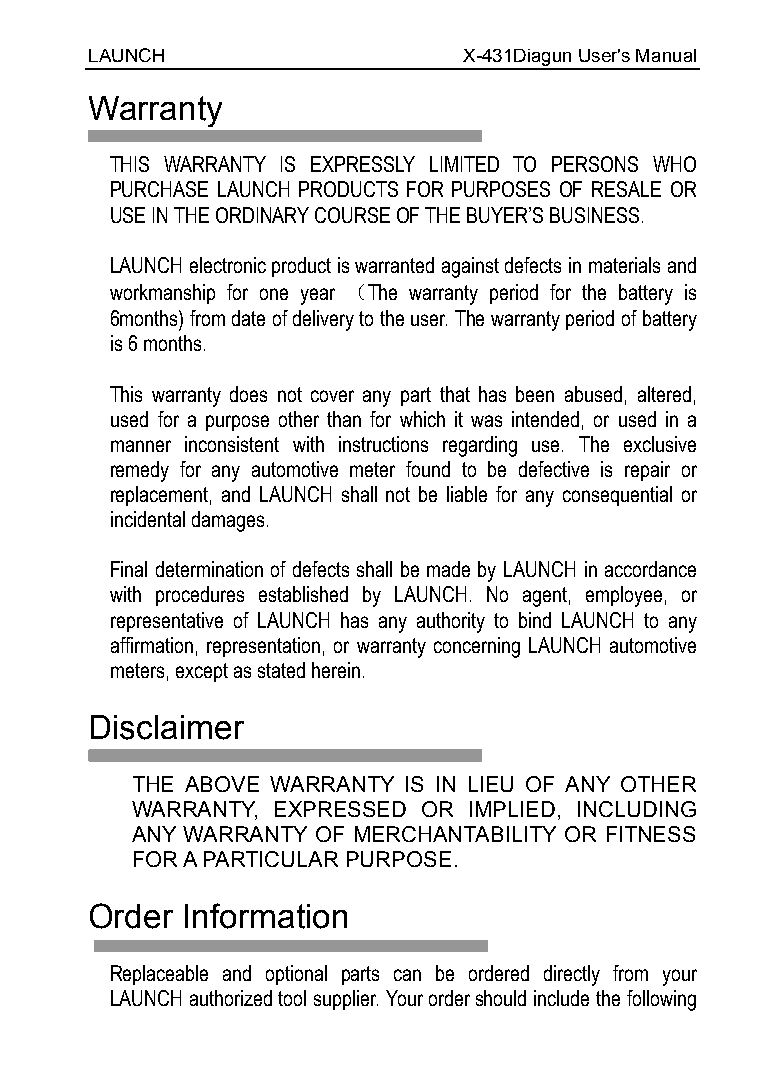
LAUNCH                   X-431Diagun User's Manual
 Warranty
 THIS WARRANTY IS EXPRESSLY LIMITED TO PERSONS WHO
 PURCHASE LAUNCH PRODUCTS FOR PURPOSES OF RESALE OR
 USE IN THE ORDINARY COURSE OF THE BUYER’S BUSINESS.
 LAUNCH electronic product is warranted against defects in materials and
 workmanship for one year （The warranty period for the battery is
 6months) from date of delivery to the user. The warranty period of battery
 is 6 months.
 This warranty does not cover any part that has been abused, altered,
 used for a purpose other than for which it was intended, or used in a
 manner inconsistent with instructions regarding use. The exclusive
 remedy for any automotive meter found to be defective is repair or
 replacement, and LAUNCH shall not be liable for any consequential or
 incidental damages.
 Final determination of defects shall be made by LAUNCH in accordance
 with procedures established by LAUNCH. No agent, employee, or
 representative of LAUNCH has any authority to bind LAUNCH to any
 affirmation, representation, or warranty concerning LAUNCH automotive
 meters, except as stated herein.
 Disclaimer
 THE ABOVE WARRANTY IS IN LIEU OF ANY OTHER
 WARRANTY, EXPRESSED OR IMPLIED, INCLUDING
 ANY WARRANTY OF MERCHANTABILITY OR FITNESS
 FOR A PARTICULAR PURPOSE.
 Order  Information
 Replaceable and optional parts can be ordered directly from your
 LAUNCH authorized tool supplier. Your order should include the following